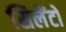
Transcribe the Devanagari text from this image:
सिलेंटो